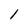
Character: 1